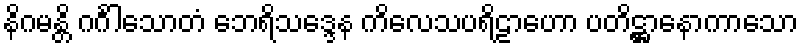
နိဂမန္တိ ဂင်္ဂါသောတံ ဘေရိသဒ္ဒေန ကိလေသပရိဠာဟော ပတိဋ္ဌာနောကာသော